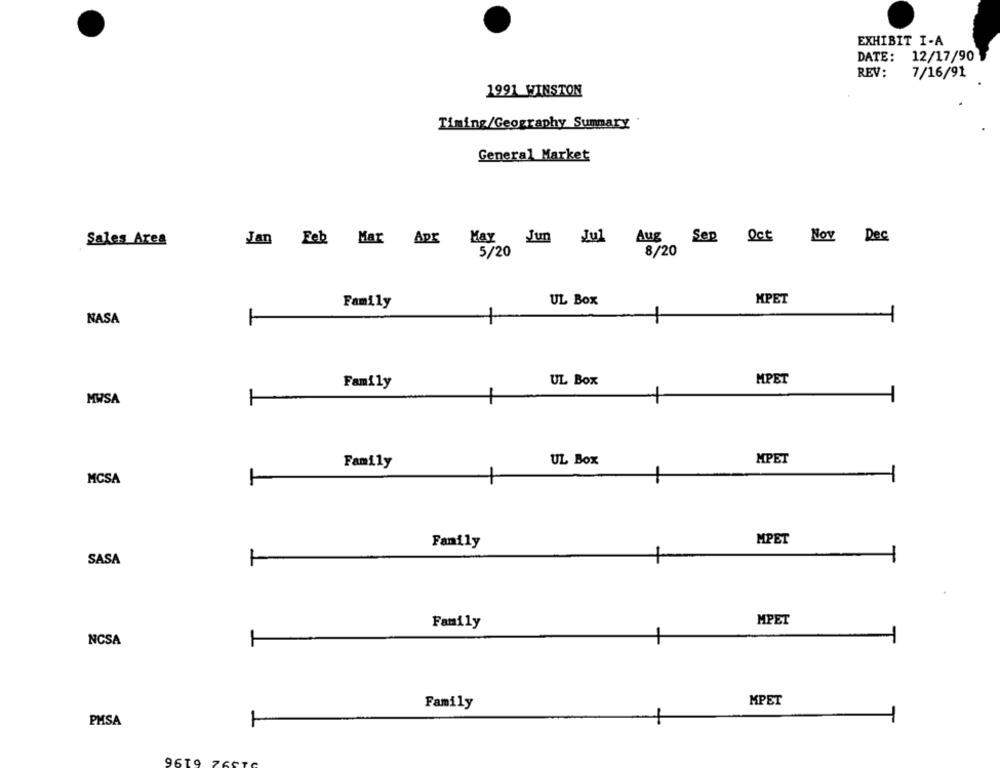
EXHIBIT I-A
DATE:
12/17/90
REV:
7/16/91
1991 WINSTON
Timing/Geography Summary
General Market
Aug
Sep Oct
Sales Area
Jan Feb Mar Apr May
Jun Jul
Nov Dec
5/20
8/20
Family
UL Box
MPET
NASA
UL Box
MPET
Family
MWSA
UL Box
MPET
Family
MCSA
Family
MPET
SASA
MPET
Family
NCSA
Family
MPET
PMSA
9619